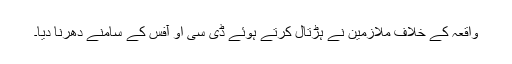
واقعہ کے خلاف ملازمین نے ہڑتال کرتے ہوئے ڈی سی او آفس کے سامنے دھرنا دیا۔